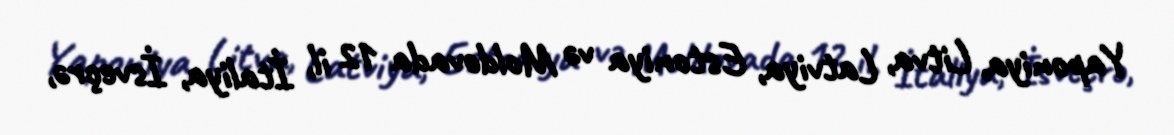
Yaponiya, Litva, Latviya, Estoniya və Moldovada 12 il, İtaliya, İsveçrə,